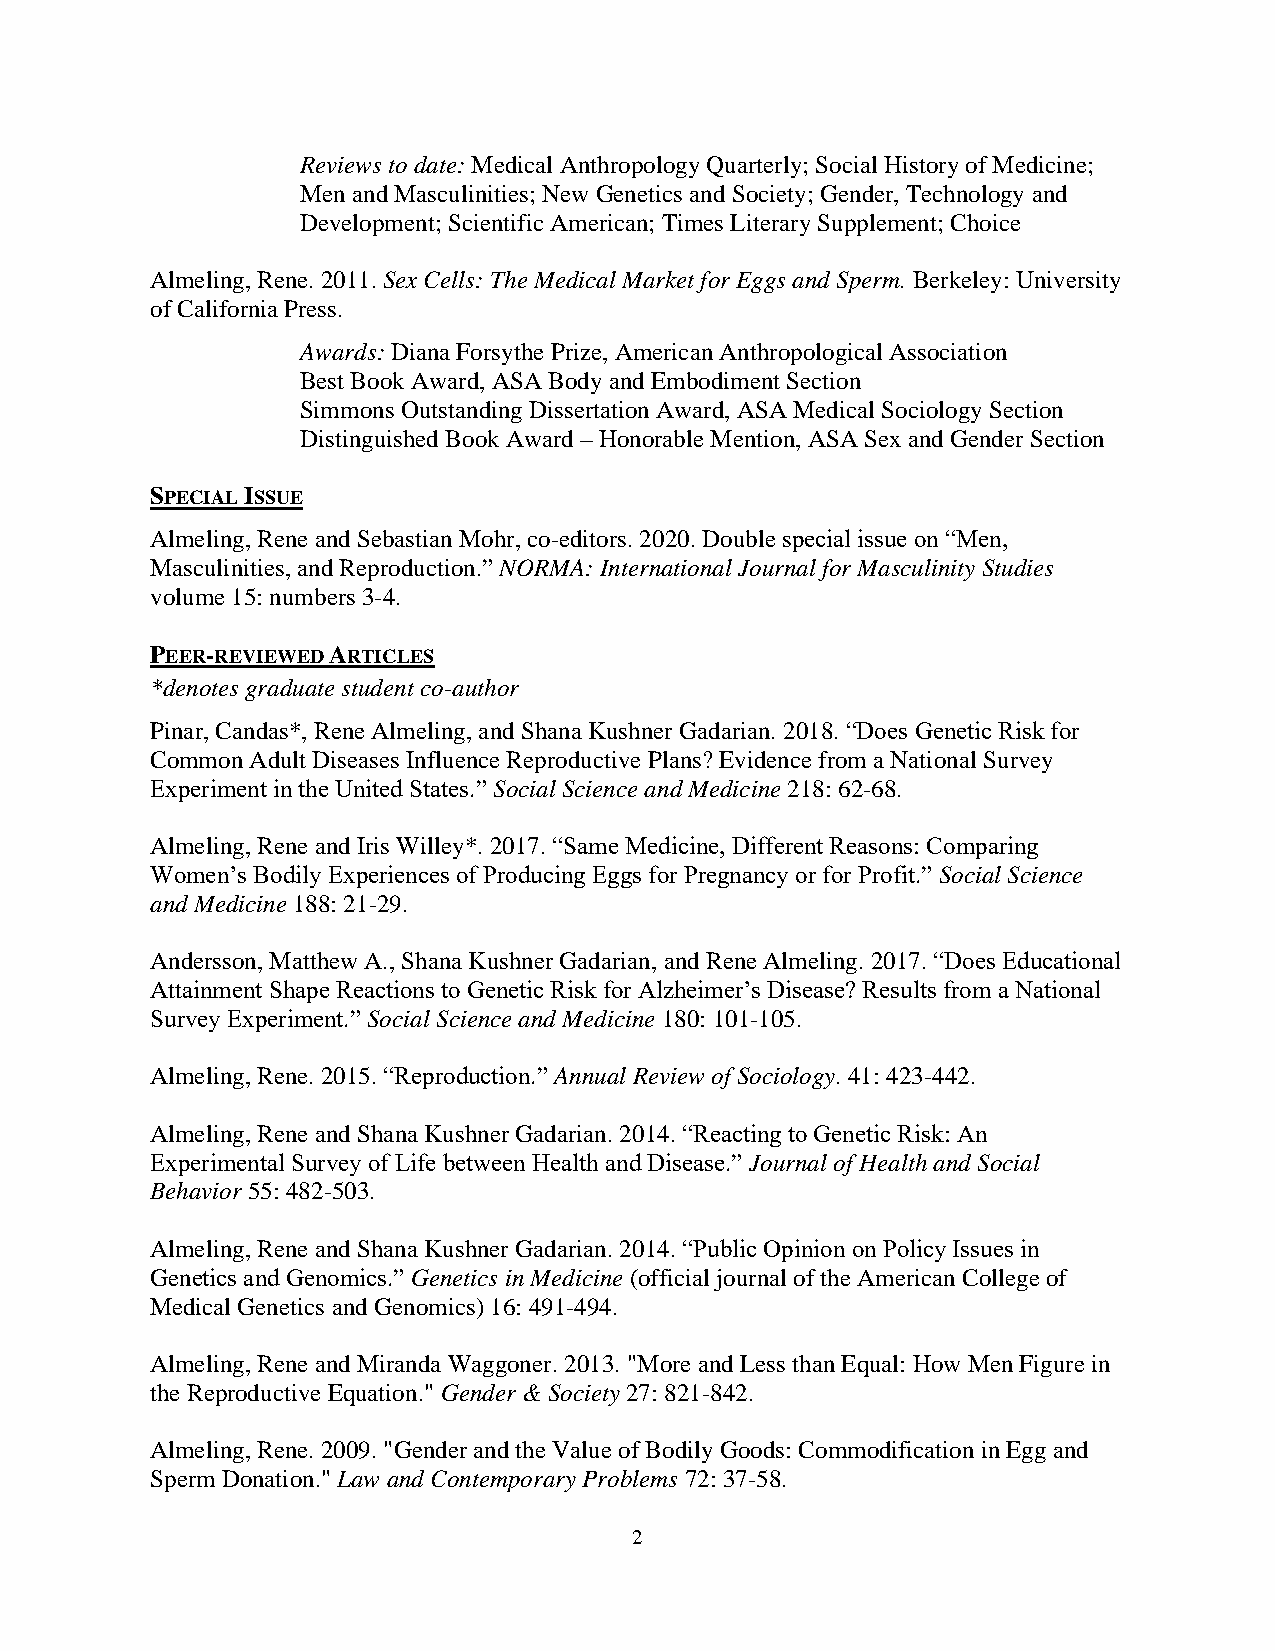
Reviews to date: Medical Anthropology Quarterly; Social History of Medicine;
 Men and Masculinities; New Genetics and Society; Gender, Technology and
 Development; Scientific American; Times Literary Supplement; Choice
 Almeling, Rene. 2011. Sex Cells: The Medical Market for Eggs and Sperm. Berkeley: University
 of California Press.
 Awards: Diana Forsythe Prize, American Anthropological Association
 Best Book Award, ASA Body and Embodiment Section
 Simmons Outstanding Dissertation Award, ASA Medical Sociology Section
 Distinguished Book Award – Honorable Mention, ASA Sex and Gender Section
 SPECIAL ISSUE
 Almeling, Rene and Sebastian Mohr, co-editors. 2020. Double special issue on “Men,
 Masculinities, and Reproduction.” NORMA: International Journal for Masculinity Studies
 volume 15: numbers 3-4.
 PEER-REVIEWED ARTICLES
 *denotes graduate student co-author
 Pinar, Candas*, Rene Almeling, and Shana Kushner Gadarian. 2018. “Does Genetic Risk for
 Common Adult Diseases Influence Reproductive Plans? Evidence from a National Survey
 Experiment in the United States.” Social Science and Medicine 218: 62-68.
 Almeling, Rene and Iris Willey*. 2017. “Same Medicine, Different Reasons: Comparing
 Women’s Bodily Experiences of Producing Eggs for Pregnancy or for Profit.” Social Science
 and Medicine 188: 21-29.
 Andersson, Matthew A., Shana Kushner Gadarian, and Rene Almeling. 2017. “Does Educational
 Attainment Shape Reactions to Genetic Risk for Alzheimer’s Disease? Results from a National
 Survey Experiment.” Social Science and Medicine 180: 101-105.
 Almeling, Rene. 2015. “Reproduction.” Annual Review of Sociology. 41: 423-442.
 Almeling, Rene and Shana Kushner Gadarian. 2014. “Reacting to Genetic Risk: An
 Experimental Survey of Life between Health and Disease.” Journal of Health and Social
 Behavior 55: 482-503.
 Almeling, Rene and Shana Kushner Gadarian. 2014. “Public Opinion on Policy Issues in
 Genetics and Genomics.” Genetics in Medicine (official journal of the American College of
 Medical Genetics and Genomics) 16: 491-494.
 Almeling, Rene and Miranda Waggoner. 2013. "More and Less than Equal: How Men Figure in
 the Reproductive Equation." Gender & Society 27: 821-842.
 Almeling, Rene. 2009. "Gender and the Value of Bodily Goods: Commodification in Egg and
 Sperm Donation." Law and Contemporary Problems 72: 37-58.
 2